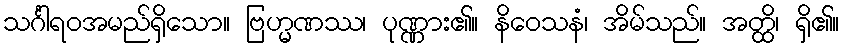
သင်္ဂါရဝအမည်ရှိသော။ ဗြဟ္မဏဿ၊ ပုဏ္ဏား၏။ နိဝေသနံ၊ အိမ်သည်။ အတ္ထိ၊ ရှိ၏။